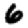
Digit: 6